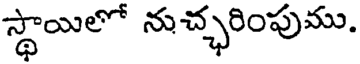
స్థాయిలో నుచ్ఛరింపుము.